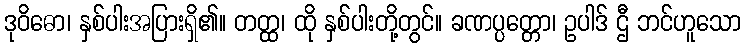
ဒုဝိဓော၊ နှစ်ပါးအပြားရှိ၏။ တတ္ထ၊ ထို နှစ်ပါးတို့တွင်။ ခဏပ္ပတ္တော၊ ဥပါဒ် ဌီ ဘင်ဟူသော